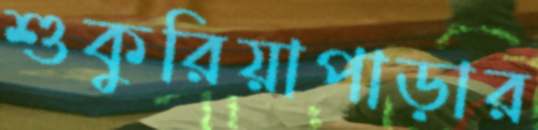
শুকুরিয়াপাড়ার